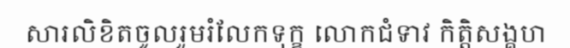
សារលិខិតចូលរួមរំលែកទុក្ខ លោកជំទាវ កិត្តិសង្គហ